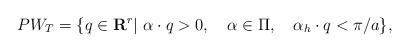
LaTeX: \begin{align*}PW_T=\{q\in{\bf R}^r|\ \alpha\cdot q>0,\quad \alpha\in\Pi, \quad \alpha_h\cdot q<\pi/a\}, \end{align*}